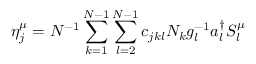
\eta _ { j } ^ { \mu } = N ^ { - 1 } \sum _ { k = 1 } ^ { N - 1 } \sum _ { l = 2 } ^ { N - 1 } c _ { j k l } N _ { k } g _ { l } ^ { - 1 } a _ { l } ^ { \dagger } S _ { l } ^ { \mu }